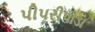
પીપરીપાડા